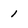
Character: 1